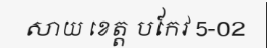
សាយ ខេត្ត បកែវ 5-02